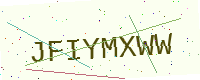
Text: JFIYMXWW